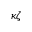
\kappa \zeta